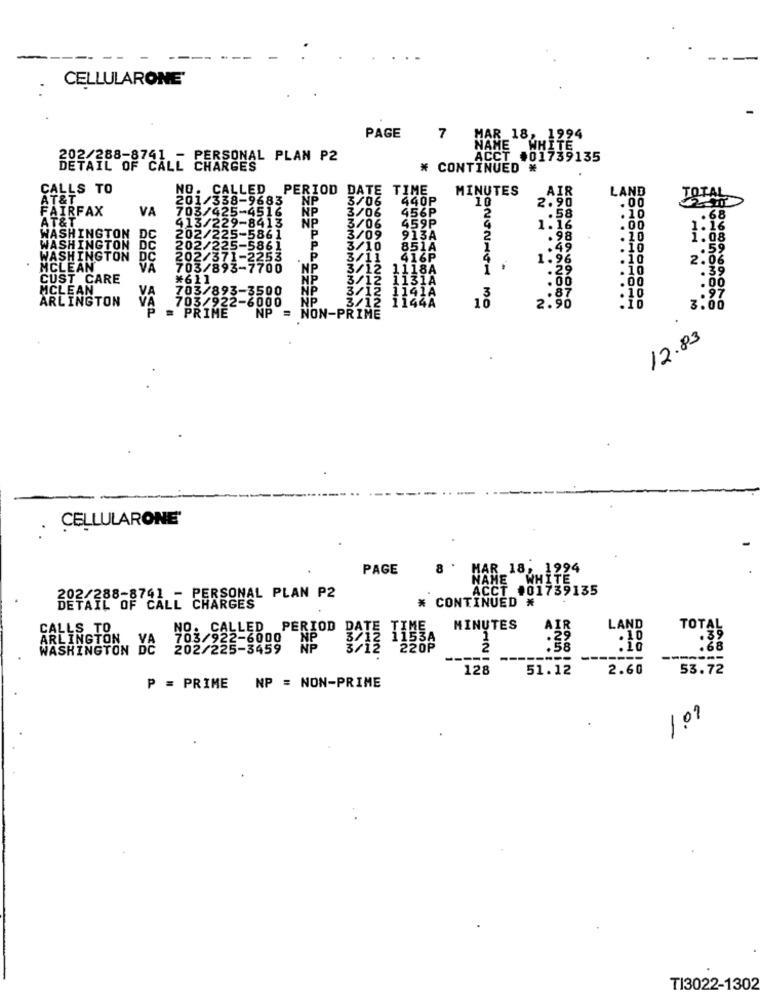
CELLULARONE'
PAGE
7
MAR 18, 1994
NAME WHITE
PERSONAL PLAN P2
ACCT #01739135
DETAIL OF CALL
₦ CONTINUED *
CALLS TO
NO . CALLED
PERIOD DATE TIME
MINUTES
AIR
LAND
AT&T
201/338-9683
NP
3/06
440P
10
2.90
. 00
TOTAL
FAIRFAX
VA
703/425-4516
NP
456P
AT&T
413/229-8413
NP
3/06
459P
2
.58
.10
. 6
P
3/06
.00
. 1
WASHINGTON
DC
202/225-5861
3/09
913A
98
.10
1.08
WASHINGTON
DC
202/225-5861
P
3/10
851A
.4
.49
. 10
.59
WASHINGTON
DC
202/371-2253
P
3/11
416P
1.96
.10
2.06
MCLEAN
VA
703/893-7700
NP
3/12 1118A
.29
10
. 39
CUST CARE
#611
NP
3/12 1131A
.00
.00
MCLEAN
VA
703/893-3500
NP
3/12 1141A
.97
ARLINGTON
703/922-6000
NP
3/12 1144A
3O
2.9
.87
. 10
VA
= PRIME
.10
3.00
NP =
NON-PRIME
12.83
CELLULARONE'
PAGE
MAR 18, 1994
NAME WHITE
ACCT #01739135
PERSONAL PLAN P2
* CONTINUED *
DETAIL OF CALI
CALLS TO
NO: CALLED PERIOD
MINUTES
AIR
LAND
TOTAL
ARLINGTON
NP
WASHINGTON
202/225-3459
NP
220P
-----
-----
-----
128
51.12
2.60
53.72
NP = NON-PRIME
P = PRIME
1.09
TI3022-1302